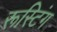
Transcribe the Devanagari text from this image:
रूस्टिंग